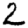
Digit: 2